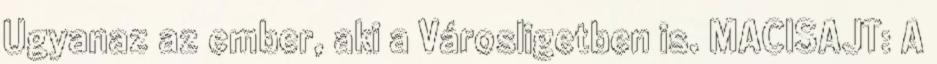
Ugyanaz az ember, aki a Városligetben is. MACISAJT: A